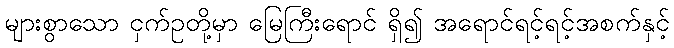
များစွာသော ငှက်ဥတို့မှာ မြေကြီးရောင် ရှိ၍ အရောင်ရင့်ရင့်အစက်နှင့်